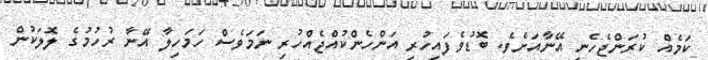
ކަމެއް ކުރަންޖެހެނީ އޭނާއަަށެވެ. ބޮޑުވެފައިހުރި އަންހެންކުއްޖެއްހުރި ނަމަވެސް ހަމަހިލާ އޭނާ ރުހުމުގެ ލޮލަކުން